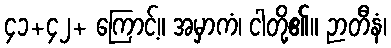
၄၁+၄၂+ ကြောင့်။ အမှာကံ၊ ငါတို့၏။ ဉာတီနံ၊